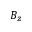
B _ { z }